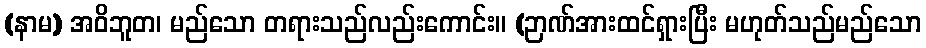
(နာမ) အဝိဘူတ၊ မည်သော တရားသည်လည်းကောင်း။ (ဉာဏ်အားထင်ရှားပြီး မဟုတ်သည်မည်သော